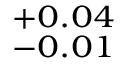
^ { + 0 . 0 4 } _ { - 0 . 0 1 }